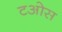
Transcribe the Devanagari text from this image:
टओस